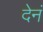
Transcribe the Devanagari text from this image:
देनं